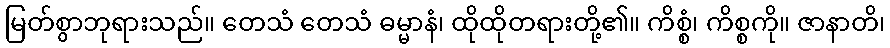
မြတ်စွာဘုရားသည်။ တေသံ တေသံ ဓမ္မာနံ၊ ထိုထိုတရားတို့၏။ ကိစ္စံ၊ ကိစ္စကို။ ဇာနာတိ၊